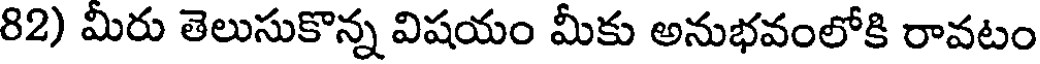
82) మీరు తెలుసుకొన్న విషయం మీకు అనుభవంలోకి రావటం